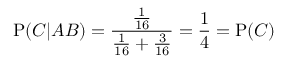
\mathrm { P } ( C | A B ) = { \frac { \frac { 1 } { 1 6 } } { { \frac { 1 } { 1 6 } } + { \frac { 3 } { 1 6 } } } } = { \frac { 1 } { 4 } } = \mathrm { P } ( C )